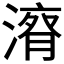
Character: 𱨠